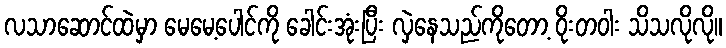
လသာဆောင်ထဲမှာ မေမေ့ပေါင်ကို ခေါင်းအုံးပြီး လှဲနေသည်ကိုတော့ ဝိုးတဝါး သိသလိုလို။